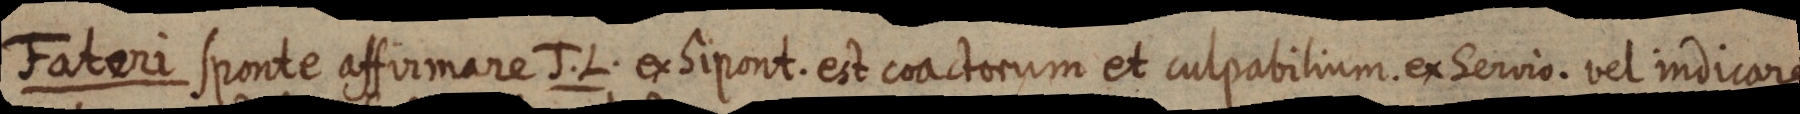
Fateri sponte affirmare J. L. ex Sipont. est coactorum et culpabilium. ex Servio. vel indicare